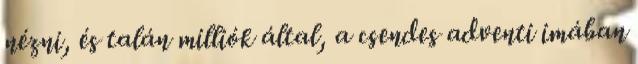
nézni, és talán milliók által, a csendes adventi imában